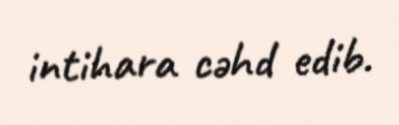
intihara cəhd edib.